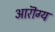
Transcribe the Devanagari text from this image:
आरॊग्य